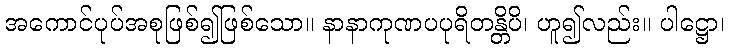
အကောင်ပုပ်အစုဖြစ်၍ဖြစ်သော။ နာနာကုဏပပုရိတန္တိပိ၊ ဟူ၍လည်း။ ပါဋ္ဌော၊